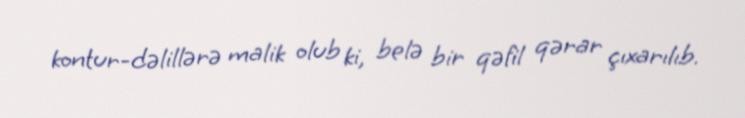
kontur-dəlillərə malik olub ki, belə bir qəfil qərar çıxarılıb.